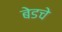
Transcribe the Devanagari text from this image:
बेडचे